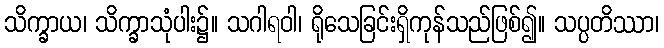
သိက္ခာယ၊ သိက္ခာသုံပါး၌။ သဂါရဝါ၊ ရိုသေခြင်းရှိကုန်သည်ဖြစ်၍။ သပ္ပတိဿာ၊